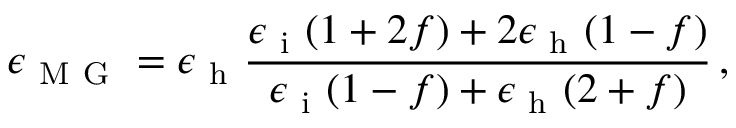
\epsilon _ { \mathrm { ~ M ~ G ~ } } = \epsilon _ { \mathrm { ~ h ~ } } \frac { \epsilon _ { \mathrm { ~ i ~ } } ( 1 + 2 f ) + 2 \epsilon _ { \mathrm { ~ h ~ } } ( 1 - f ) } { \epsilon _ { \mathrm { ~ i ~ } } ( 1 - f ) + \epsilon _ { \mathrm { ~ h ~ } } ( 2 + f ) } \, ,